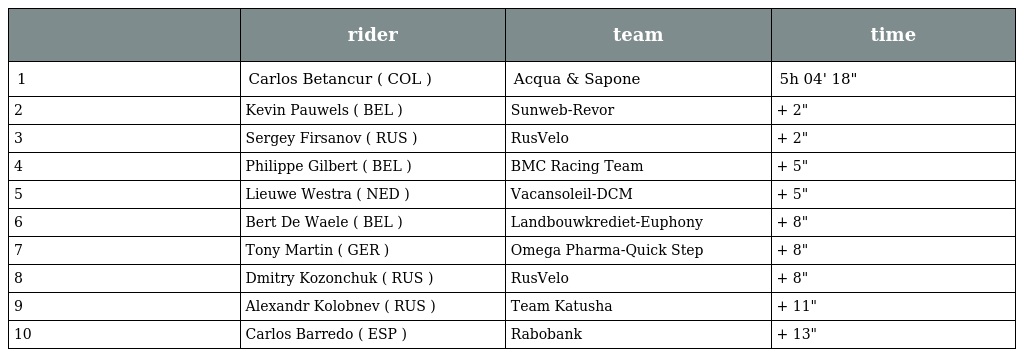
|  | rider | team | time |
 | --- | --- | --- | --- |
 | 1 | Carlos Betancur ( COL ) | Acqua & Sapone | 5h 04' 18" |
 | 2 | Kevin Pauwels ( BEL ) | Sunweb-Revor | + 2" |
 | 3 | Sergey Firsanov ( RUS ) | RusVelo | + 2" |
 | 4 | Philippe Gilbert ( BEL ) | BMC Racing Team | + 5" |
 | 5 | Lieuwe Westra ( NED ) | Vacansoleil-DCM | + 5" |
 | 6 | Bert De Waele ( BEL ) | Landbouwkrediet-Euphony | + 8" |
 | 7 | Tony Martin ( GER ) | Omega Pharma-Quick Step | + 8" |
 | 8 | Dmitry Kozonchuk ( RUS ) | RusVelo | + 8" |
 | 9 | Alexandr Kolobnev ( RUS ) | Team Katusha | + 11" |
 | 10 | Carlos Barredo ( ESP ) | Rabobank | + 13" |